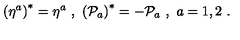
\left( \eta ^ { a } \right) ^ { * } = \eta ^ { a } \ , \ \left( { \cal P } _ { a } \right) ^ { * } = - { \cal P } _ { a } \ , \ a = 1 , 2 \ .